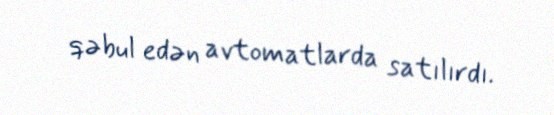
qəbul edən avtomatlarda satılırdı.